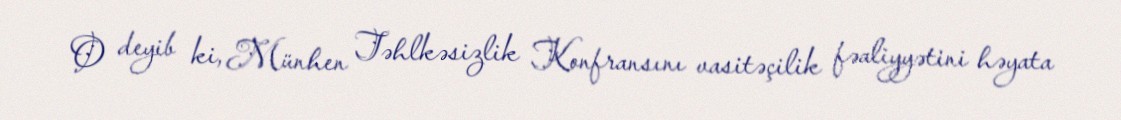
O deyib ki, Münhen Təhlkəsizlik Konfransını vasitəçilik fəaliyyətini həyata